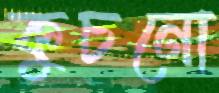
কুচনো